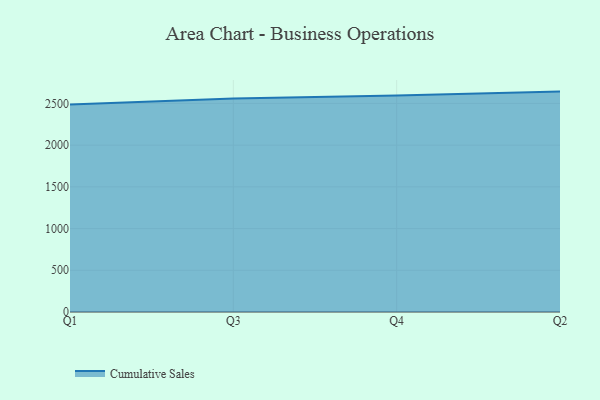
{"axis": {"x": "Quarter", "y": "Net Income (USD K)"}, "legend": ["Cumulative Sales"], "data": [{"x": "Q1", "y": 2487.9, "type": "Cumulative Sales"}, {"x": "Q3", "y": 2558.0, "type": "Cumulative Sales"}, {"x": "Q4", "y": 2596.6, "type": "Cumulative Sales"}, {"x": "Q2", "y": 2642.0, "type": "Cumulative Sales"}]}